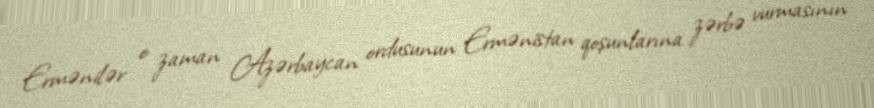
Ermənilər o zaman Azərbaycan ordusunun Ermənistan qoşunlarına zərbə vurmasının